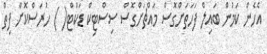
އެހެން ކަމުން ބައިލް ފަހަތަށްގޮސް މައްޗަށްގޮސް ސިސްޓިކް ޑަކްޓް( ) ހުރަސްކޮށް ފިތް